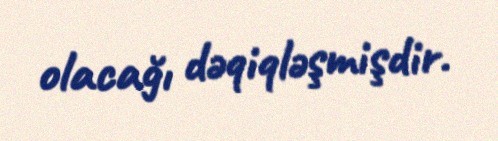
olacağı dəqiqləşmişdir.